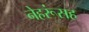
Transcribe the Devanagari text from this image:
नेहरूंसह